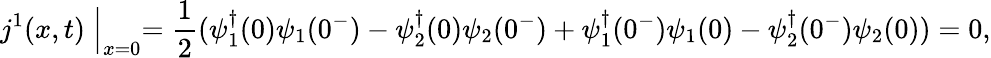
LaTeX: j^{1}(x,t)\Bigm|_{x=0}=\frac{1}{2}(\psi_{1}^{\dagger}(0)\psi_{1}(0^{-})-\psi_{2}^{\dagger}(0)\psi_{2}(0^{-})+\psi_{1}^{\dagger}(0^{-})\psi_{1}(0)-\psi_{2}^{\dagger}(0^{-})\psi_{2}(0))=0,